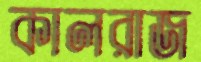
কালরাজ